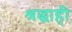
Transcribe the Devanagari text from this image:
श्रद्धाही